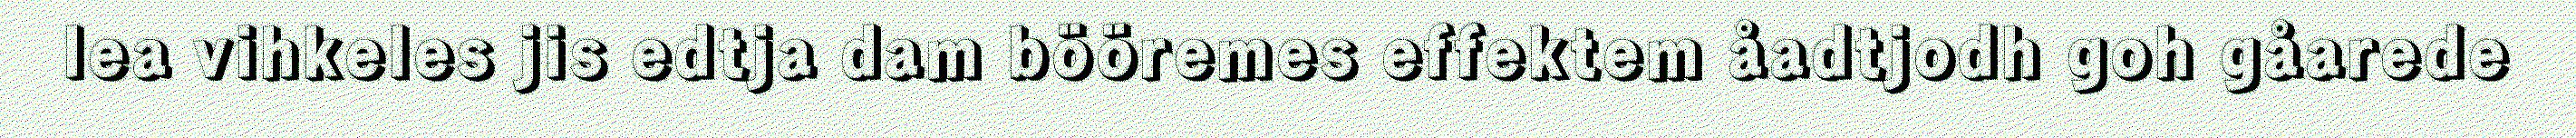
lea vihkeles jis edtja dam bööremes effektem åadtjodh goh gåarede